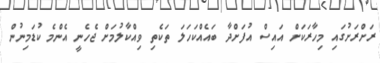
ރަށްރަށުގައި މިހާރަކަށް އައިސް އުފަށްދާ ބައެއްކަހަލަ ތަކެތި ވިއްކާލުމަށް ޖެހެނީ އެންމެ ކުޑަމިނުން